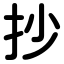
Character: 抄